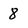
Character: 8